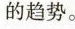
的趋势。